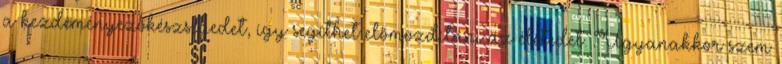
a kezdeményezőkészségedet, így segíthet előmozdítani az életedet. Ugyanakkor szem